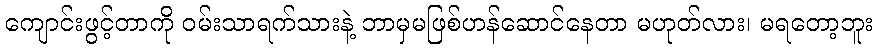
ကျောင်းဖွင့်တာကို ဝမ်းသာရက်သားနဲ့ ဘာမှမဖြစ်ဟန်ဆောင်နေတာ မဟုတ်လား၊ မရတော့ဘူး